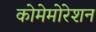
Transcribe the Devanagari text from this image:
कोमेमोरेशन